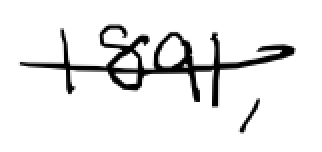
Text: 1891,
Cross-out: mix
Writing tool: digital_black